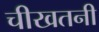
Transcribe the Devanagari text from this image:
चीखतनी